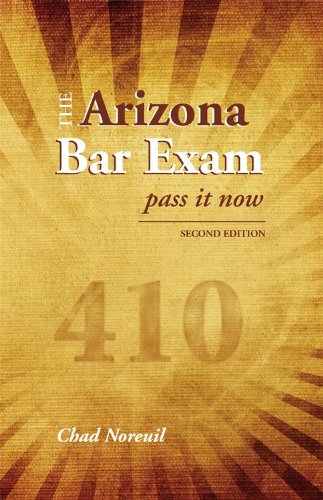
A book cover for The Arizona Bar Exam: Pass It Now; Chad Noreuil; Test Preparation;